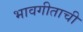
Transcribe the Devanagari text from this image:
भावगीताची